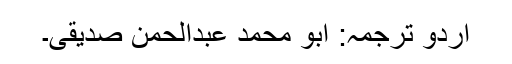
اردو ترجمہ: ابو محمد عبدالحمن صدیقی۔